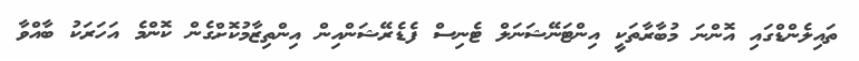
ތައިލެންޑްގައި އޮންނަ މުބާރާތަކީ އިންޓަނޭޝަނަލް ޓެނިސް ފެޑެރޭޝަންއިން އިންތިޒާމުކޮށްގެން ކޮންމެ އަހަރަކު ބާއްވާ